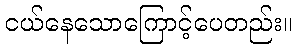
ငယ်နေသောကြောင့်ပေတည်း။